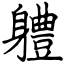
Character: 軆